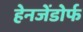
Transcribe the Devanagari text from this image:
हेनजेंडोर्फ